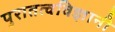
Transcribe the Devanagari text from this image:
पुरातत्वविज्ञानी